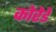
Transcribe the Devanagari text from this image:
कोरेडे